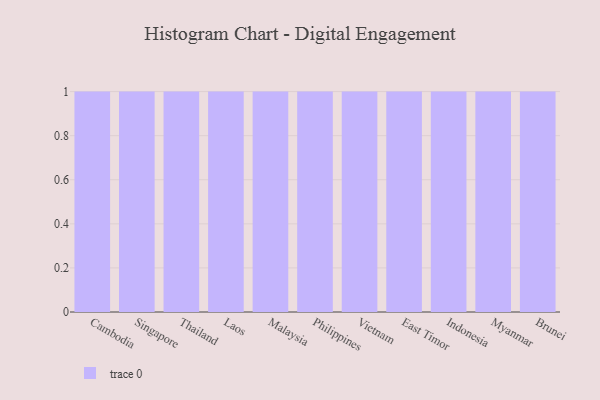
{"axis": {"x": "Country", "y": "Revenue (USD Million)"}, "legend": [""], "data": [{"x": "Cambodia", "y": 37, "type": ""}, {"x": "Singapore", "y": 80, "type": ""}, {"x": "Thailand", "y": 8, "type": ""}, {"x": "Laos", "y": 43, "type": ""}, {"x": "Malaysia", "y": 72, "type": ""}, {"x": "Philippines", "y": 45, "type": ""}, {"x": "Vietnam", "y": 7, "type": ""}, {"x": "East Timor", "y": 15, "type": ""}, {"x": "Indonesia", "y": 45, "type": ""}, {"x": "Myanmar", "y": 10, "type": ""}, {"x": "Brunei", "y": 40, "type": ""}]}